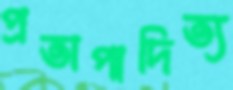
প্রতাপাদিত্য